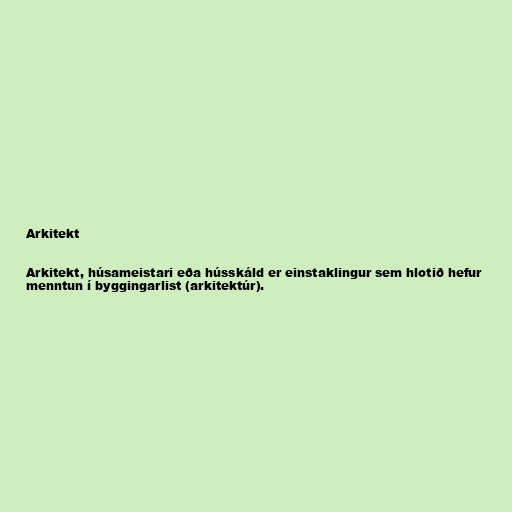
Arkitekt

Arkitekt, húsameistari eða hússkáld er einstaklingur sem hlotið hefur
menntun í byggingarlist (arkitektúr).